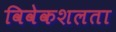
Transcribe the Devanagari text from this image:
विवेकशलता